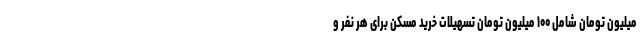
میلیون تومان شامل ۱۰۰ میلیون تومان تسهیلات خرید مسکن برای هر نفر و